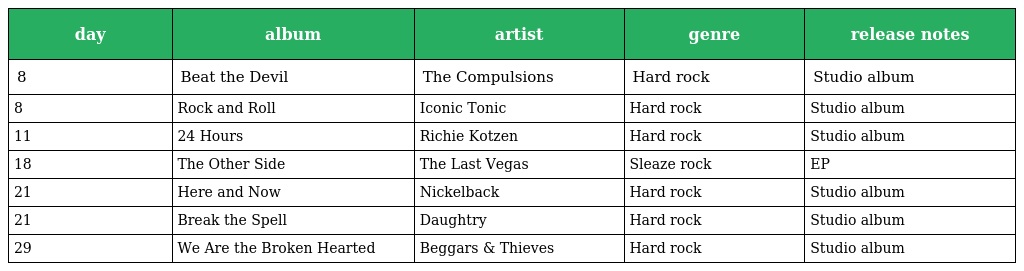
| day | album | artist | genre | release notes |
 | --- | --- | --- | --- | --- |
 | 8 | Beat the Devil | The Compulsions | Hard rock | Studio album |
 | 8 | Rock and Roll | Iconic Tonic | Hard rock | Studio album |
 | 11 | 24 Hours | Richie Kotzen | Hard rock | Studio album |
 | 18 | The Other Side | The Last Vegas | Sleaze rock | EP |
 | 21 | Here and Now | Nickelback | Hard rock | Studio album |
 | 21 | Break the Spell | Daughtry | Hard rock | Studio album |
 | 29 | We Are the Broken Hearted | Beggars & Thieves | Hard rock | Studio album |